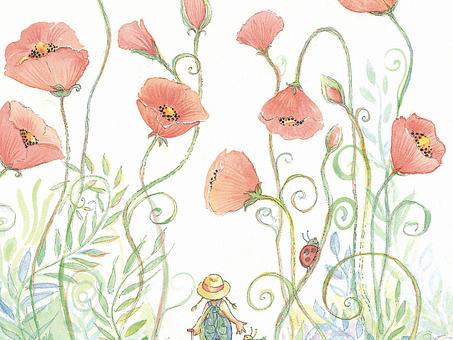
料因循误了，残毡拥雪，故人心眼。